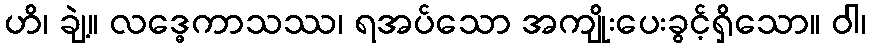
ဟိ၊ ချဲ့။ လဒ္ဓေကာသဿ၊ ရအပ်သော အကျိုးပေးခွင့်ရှိသော။ ဝါ၊